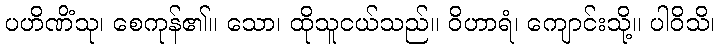
ပဟိဏိံသု၊ စေကုန်၏။ သော၊ ထိုသူငယ်သည်။ ဝိဟာရံ၊ ကျောင်းသို့။ ပါဝိသိ၊